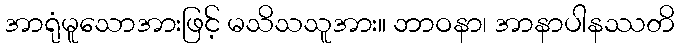
အာရုံမူသောအားဖြင့် မသိသသူအား။ ဘာဝနာ၊ အာနာပါနဿတိ